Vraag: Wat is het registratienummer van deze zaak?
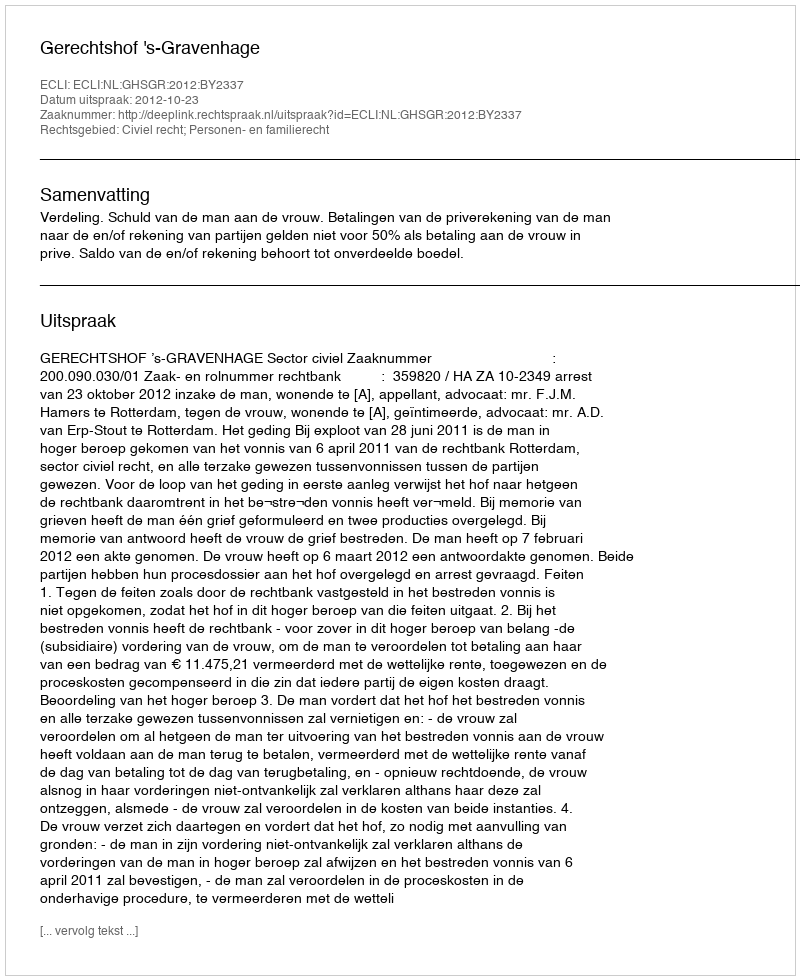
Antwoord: http://deeplink.rechtspraak.nl/uitspraak?id=ECLI:NL:GHSGR:2012:BY2337